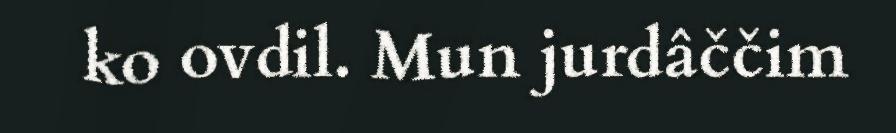
ko ovdil. Mun jurdâččim